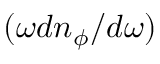
{ ( \omega d n _ { \phi } / d \omega ) }